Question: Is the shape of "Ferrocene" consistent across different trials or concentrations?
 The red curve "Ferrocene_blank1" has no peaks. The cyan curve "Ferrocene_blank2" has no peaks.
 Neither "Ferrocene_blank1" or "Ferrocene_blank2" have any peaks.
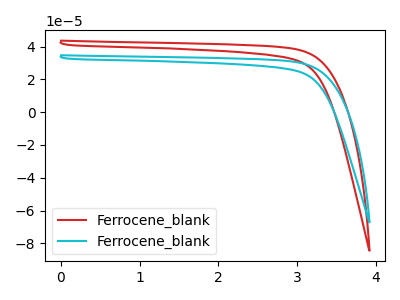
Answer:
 <answer>All the CV's of "Ferrocene" have similar shape.</answer>
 <eval>follow_rule</eval>